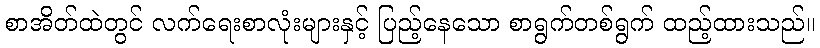
စာအိတ်ထဲတွင် လက်ရေးစာလုံးများနှင့် ပြည့်နေသော စာရွက်တစ်ရွက် ထည့်ထားသည်။